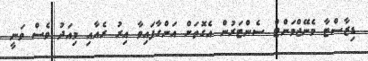
ޑިޒާސްޓާ މެނޭޖްމަންޓް ސެންޓަރުން އެގޮތަށް އަންގާފައިވާ އިރު ރެއާއި މިއަދު ވެސް ވަނީ